Medical and sanitary report of the native army of Bengal for the year
Year: 1876
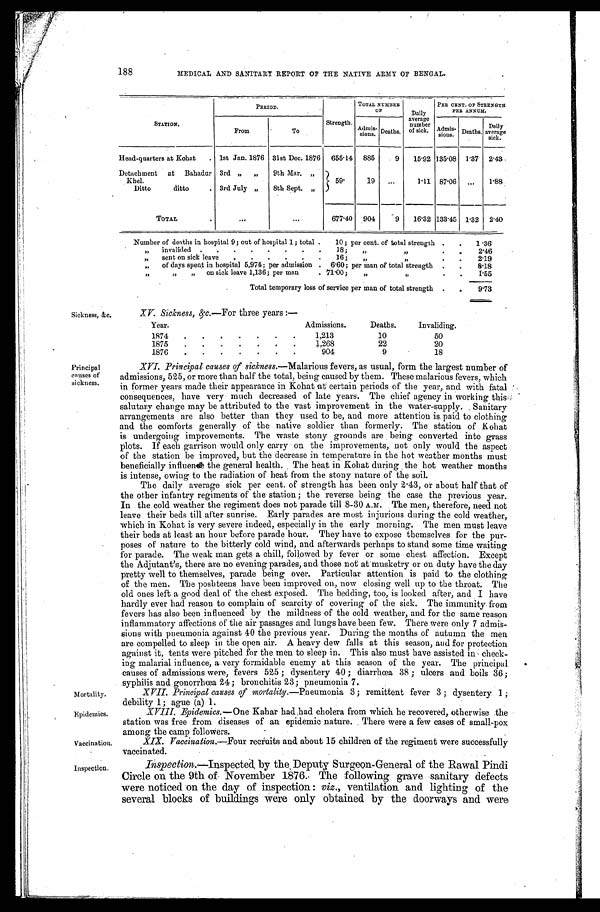
Mortality.
Epidemics.
Vaccination.
Inspection.
188 MEDICAL AND SANITARY REPORT OF THE NATIVE ARMY OF BENGAL.
STATION.
PERIOD.
Strength.
TOTAL NUMBER
OF
Daily
average number
of sick.
PER CENT. OF STRENGTH
PER ANNUM.
From
To
A d m i s -
s i o n s . Deaths.
Admis- s i o n s . Deaths. Daily
average sick.
Head-quarters at Kohat
1st Jan. 1876 31st Dec. 1876 655.14 885
9 15.92 135.08 1.37 2.43
Detachment at Bahadur
Khel.
3rd „ „ 9th Mar. „
59.
19
1.11 87.06
1.88
Ditto ditto
3rd July „ 8th Sept. „
TOTAL
677.40 904
9 16.32 133.45 1.32 2.40
Number of deaths in hospital 9; out of hospital 1; total 10; per cent. of total strength
1.36
„ invalided 18; „ „
2. 46
„ sent on sick leave 16; „
„
2.19
„ of days spent in hospital 5,974; per admission 6.60; per man of total strength
8.18
„
„
„
on sick leave 1,136; per man 71.00; „
„
1. 55
Total temporary loss of service per man of total strength
9. 73
Sickness, &c.
Principal
causes of
sickness.
XV. Sickness, &c.—For three years:—
Year.
Admissions.
Deaths.
Invaliding.
1874
1 , 2 1 3
10
50
1875
1,268
22
20
1876
904
9
18
XVI. Principal causes of sickness. —Malarious fevers, as usual, form the largest number of
admissions, 525, or more than half the total, being caused by them. These malarious fevers, which
in former years made their appearance in Kohat at certain periods of the year, and with fatal
consequences, have very much decreased of late years. The chief agency in working
this salutary change may be attributed to the vast improvement in the water-supply. Sanitary
arrangements are also better than they used to be, and more attention is paid to clothing
and the comforts generally of the native soldier than formerly. The station of Kohat
is undergoing improvements. The waste stony grounds are being converted into grass
plots. If each garrison would only carry on the improvements, not only would the aspect
of the station be improved, but the decrease in temperature in the hot weather months must
beneficially influence the general health. The heat in Kohat during the hot weather months
is intense, owing to the radiation of heat from the stony nature of the soil.
The daily average sick per cent. of strength has been only 2.43, or about half that of
the other infantry regiments of the station; the reverse being the case the previous year.
In the cold weather the regiment does not parade till 8-30 A.M. The men, therefore, need not
leave their beds till after sunrise. Early parades are most injurious during the cold weather,
which in Kohat is very severe indeed, especially in the early morning. The men must leave
their beds at least an hour before parade hour. They have to expose themselves for the pur
-poses of nature to the bitterly cold wind, and afterwards perhaps to stand some time waiting
for parade. The weak man gets a chill, followed by fever or some chest affection. Except
the Adjutant's, there are no evening parades, and those not at musketry or on duty have the day
pretty well to themselves, parade being over. Particular attention is paid to the clothing
of the men. The poshteens have been improved on, now closing well up to the throat. The
old ones left a good deal of the chest exposed. The bedding, too, is looked after, and I have
hardly ever had reason to complain of scarcity of covering of the sick. The immunity from
fevers has also been influenced by the mildness of the cold weather, and for the same reason
inflammatory affections of the air passages and lungs have been few. There were only 7 admis
-sions with pneumonia against 40 the previous year. During the months of autumn the men
are compelled to sleep in the open air. A heavy dew falls at this season, and for protection
against it, tents were pitched for the men to sleep in. This also must have assisted in check
-ing malarial influence, a very formidable enemy at this season of the year. The principal
causes of admissions were, fevers 525; dysentery 40; diarrhœa 38; ulcers and boils 36;
syphilis and gonorrhœa 24; bronchitis 23; pneumonia 7.
XVII. Principal causes of mortality.—Pneumonia 3; remittent fever 3; dysentery 1;
debility 1; ague (a) 1.
XVIII. Epidemics. —One Kahar had had cholera from which he recovered, otherwise the
station was free from diseases of an epidemic nature. There were a few cases of small-pox
among the camp followers.
XIX. Vaccination.—Four recruits and about 15 children of the regiment were successfully
vaccinated.
Inspection.—Inspected by the Deputy Surgeon-General of the Rawal Pindi
Circle on the 9th of November 1876. The following grave sanitary defects
were noticed on the day of inspection: viz., ventilation and lighting of the
several blocks of buildings were only obtained by the doorways and were